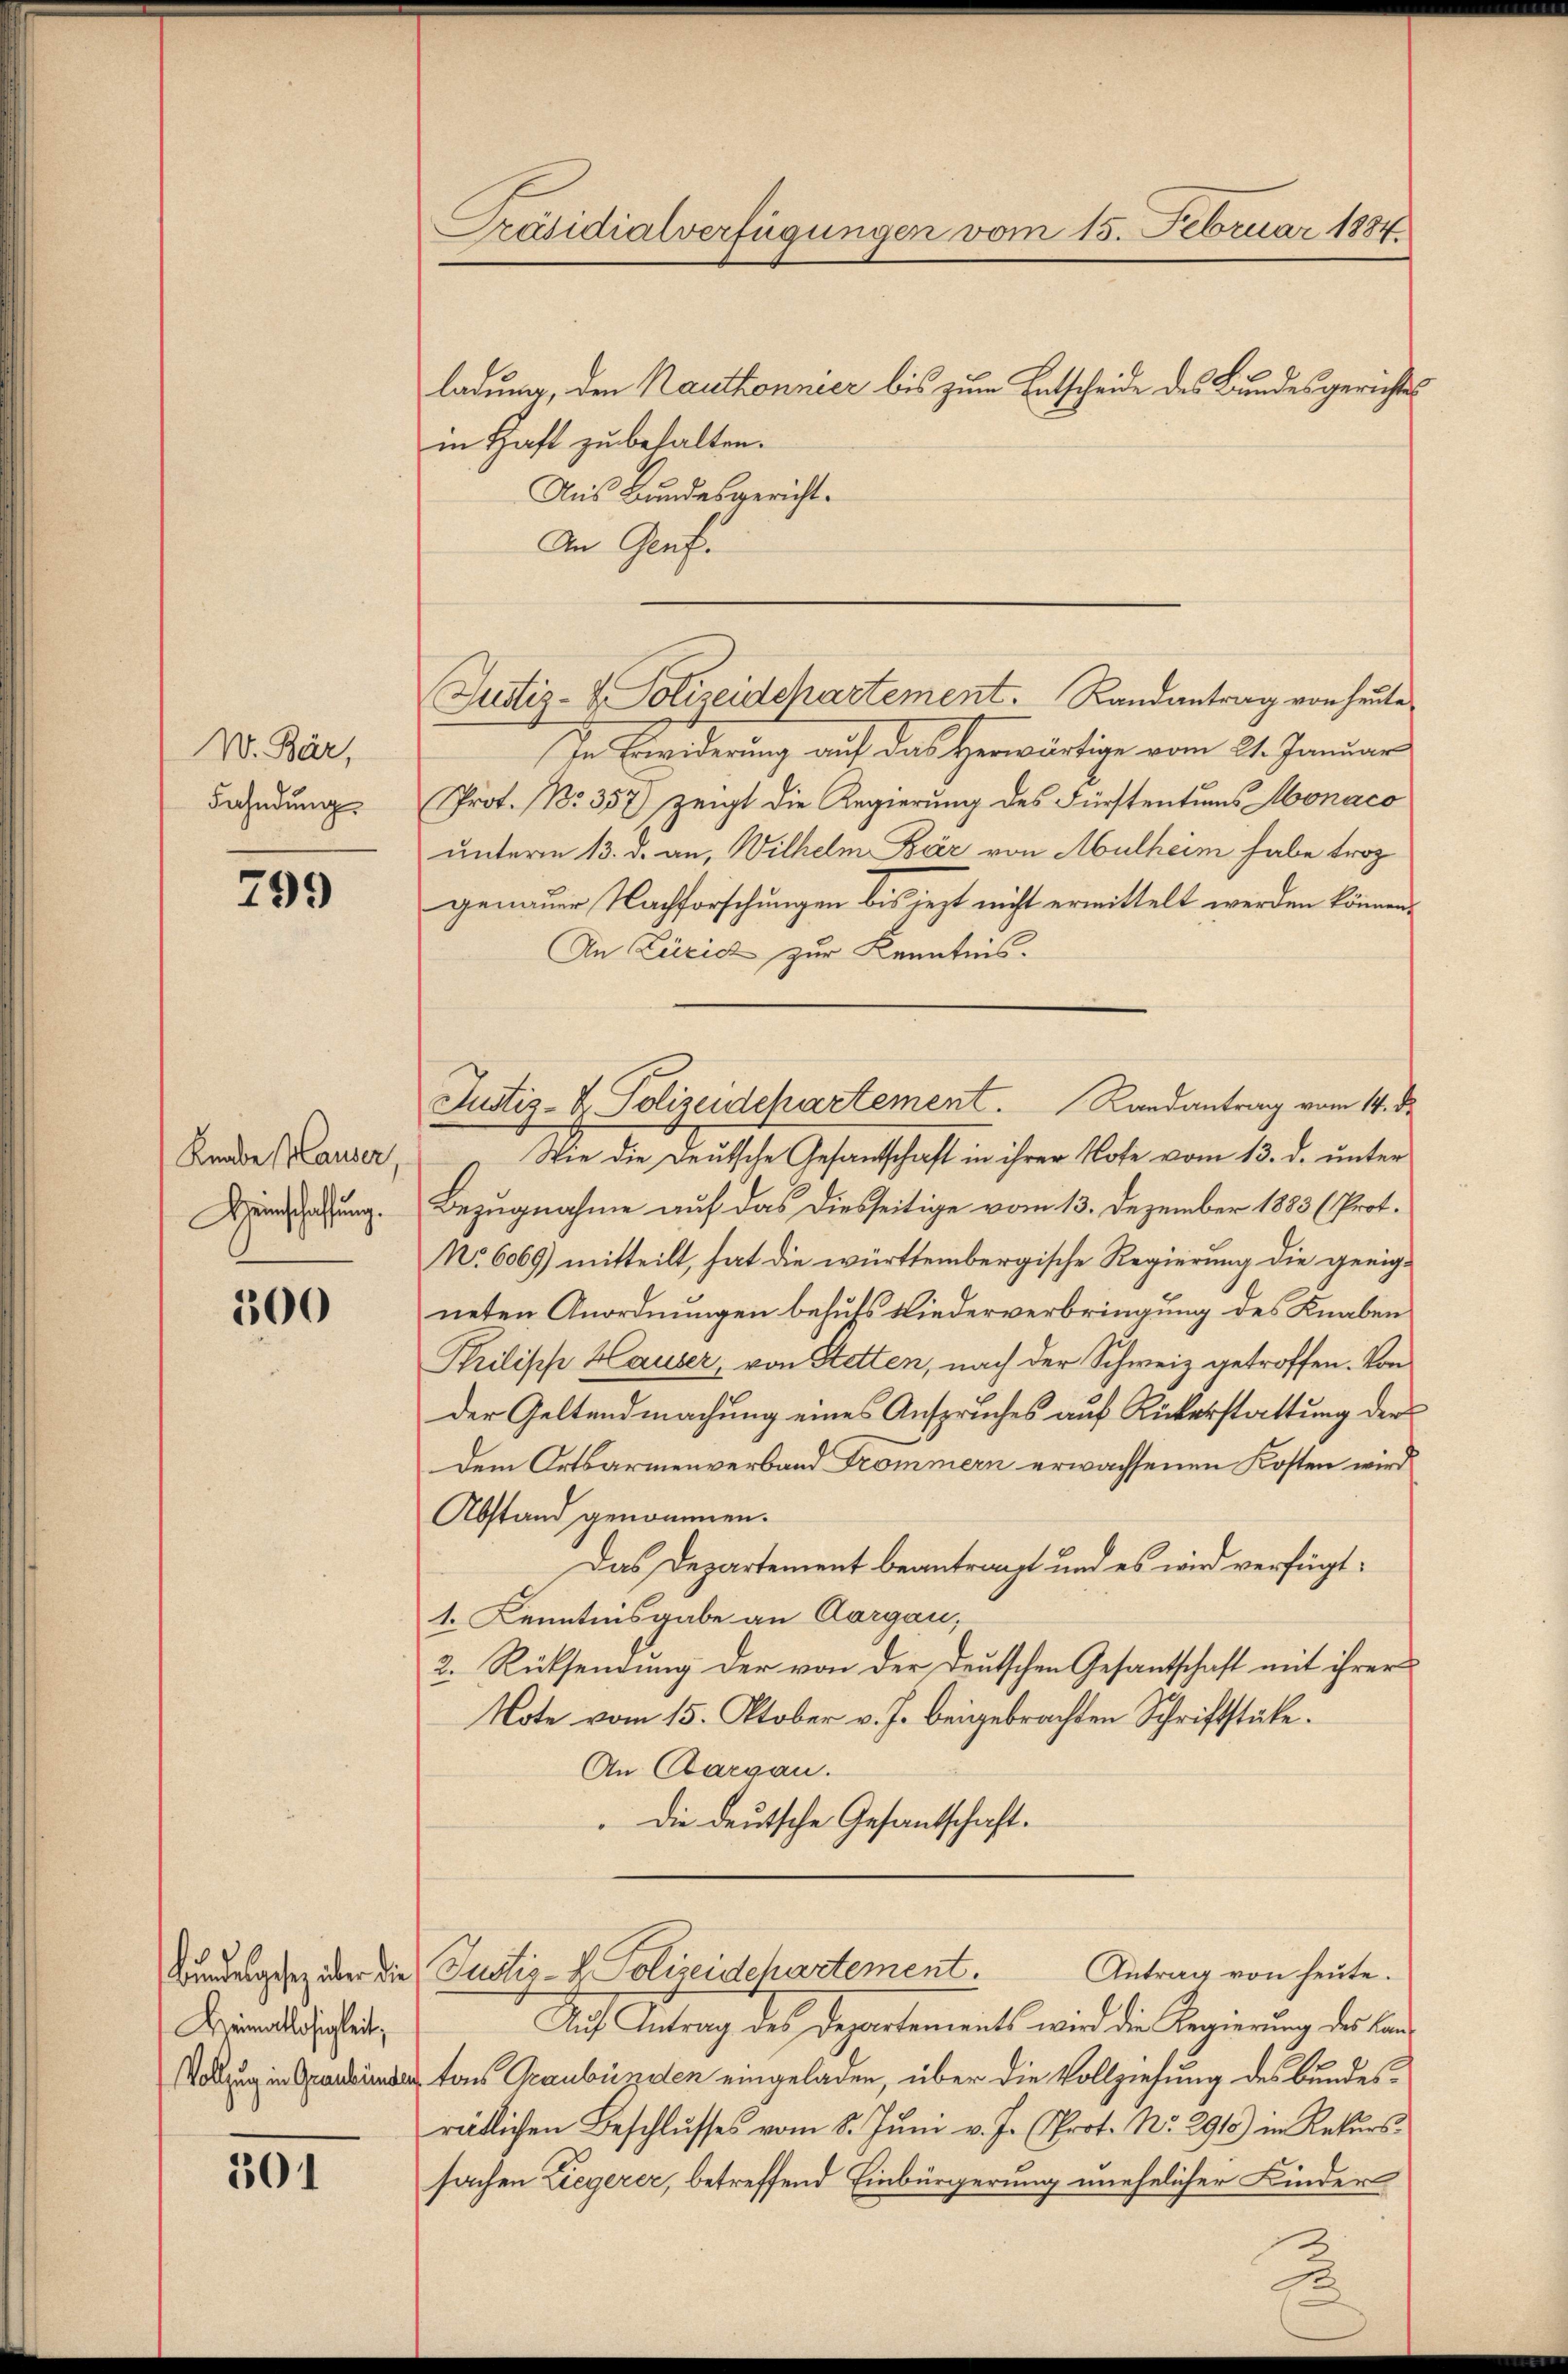
W. Bär,
Fahndung

799

Knabe Hauser,
Hinschaffung.

300

Keimatlosigkeit,

301

Präsidialverfügungen vom 15. Februar 1884.

ladung, den Rauthonnier bis zum Entscheide des Bundesgerichts
in Haft zu behalten.
Aus Bundesgericht.
An Genf.
(In Erwiderung auf das Herwärtige vom 21. Januar
Prot. No. 357) zeigt die Regierung des Fürstentums Monaco
unterm 13. d. an, Wilhelm Bär von Mulheim habe trop
genauer Nachforschungen bis jezt nicht ermittelt werden können.
An Zürich zur Kenntnis.
Wie die Deutsche Gesandtschaft in ihrer Note vom 13. d. unter
Bezugnahme auf das diesseitige vom 13. Dezember 1883 (Prot.
No 6069) mitteilt, hat die württembergische Regierung die geeigneten Anordnungen behufs Niederverbringung des Knaben
Prilische Hauser, von Stetten, nach der Schweiz getroffen. Von
der Geltendmachung eines Anspruches auf Rükerstattung der
Dem Ortsarmenverband Trommern erwachsenen Kosten wird
Abstand genommen.
Das Departement beantragt und es wird verfügt:
1. Kenntnisgabe an Aargau,
2. Rücksendung der von der Deutschen Gesantschaft mit ihrer
Note vom 15. Oktober v. J. beigebrachten Schriftstäte.
An Aargau.
.Die deutsche Gesantschaft.
Antrag von heute.
Bundesgesetz über die Justiz- & Polizeidepartement.
Auf Antrag des Departements wird die Regierung des Land¬
Rodung in Opareinder von Graubünden eingeladen, über die Vollziehung des Bundesrätlichen Beschlŭsses vom 8. Jŭni v. J. (Prot. No. 291) in Rekurs-
sachen Ziegerer, betreffend Einbürgerung unehelicher Kinder

Justiz- & Polizeidchartement. Landantrag von heute

Justiz- & Polizeidepartement. Landantrag vom 14. d.